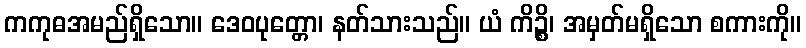
ကကုဓအမည်ရှိသော။ ဒေဝပုတ္တော၊ နတ်သားသည်။ ယံ ကိဉ္စိ၊ အမှတ်မရှိသော စကားကို။